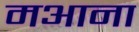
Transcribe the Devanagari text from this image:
मआना